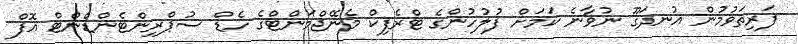
ފަރިތަވުމުން އުނދަގޫ ނުވާނެ ކަަަމަށް ފުލުހުންގެ ޓްރެފިކް މެނޭޖްމަންޓްގެ ހެޑް ސުޕްރިންޓެންޑެންޓް އޮފް